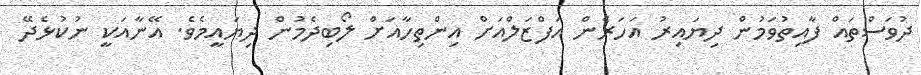
ދުވަސްތައް ފާއިތުވަމުން ދިޔައިރު އަހަރެން އަފްޒަލްއަށް އިންތިހާއަށް ލޯބިދެމުން ދިޔައީމެވެ. އޭނާއަކީ ނުކުޅެދޭ